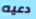
دعيه